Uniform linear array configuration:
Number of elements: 12
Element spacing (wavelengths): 0.25
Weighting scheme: kaiser
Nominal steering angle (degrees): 15
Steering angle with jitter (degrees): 13.887
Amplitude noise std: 0.05
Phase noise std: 0.05

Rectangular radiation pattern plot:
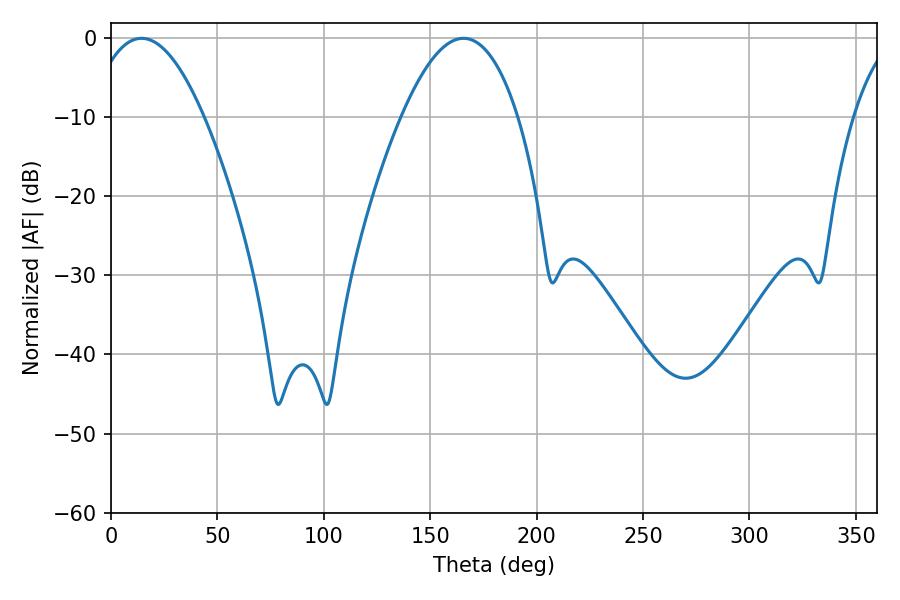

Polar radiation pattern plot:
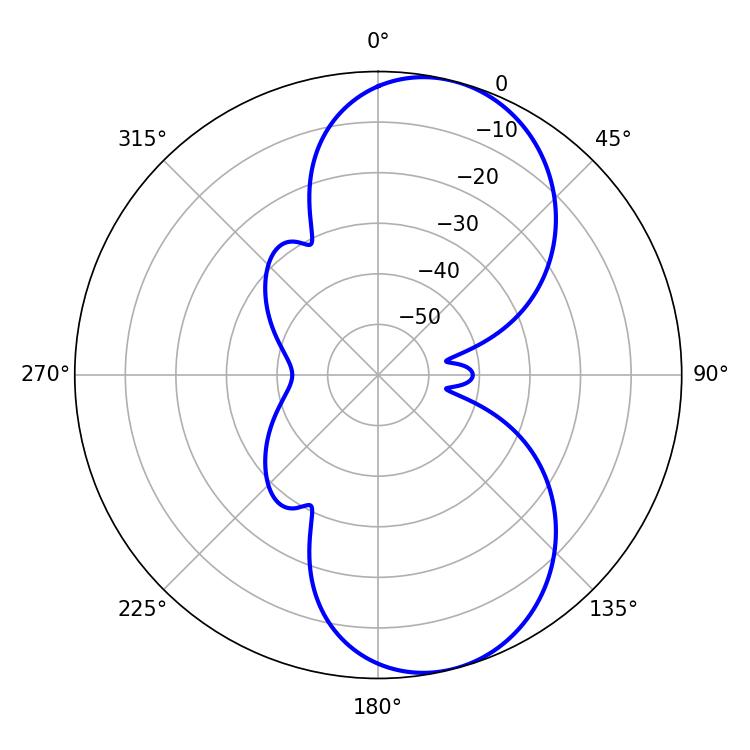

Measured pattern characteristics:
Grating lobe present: FALSE
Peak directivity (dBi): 8.319
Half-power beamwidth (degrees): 30.06
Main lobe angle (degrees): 14.4